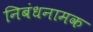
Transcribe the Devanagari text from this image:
निबंधनामक